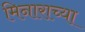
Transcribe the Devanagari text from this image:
मिनाराच्या